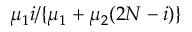
\mu _ { 1 } i / \{ \mu _ { 1 } + \mu _ { 2 } ( 2 N - i ) \}